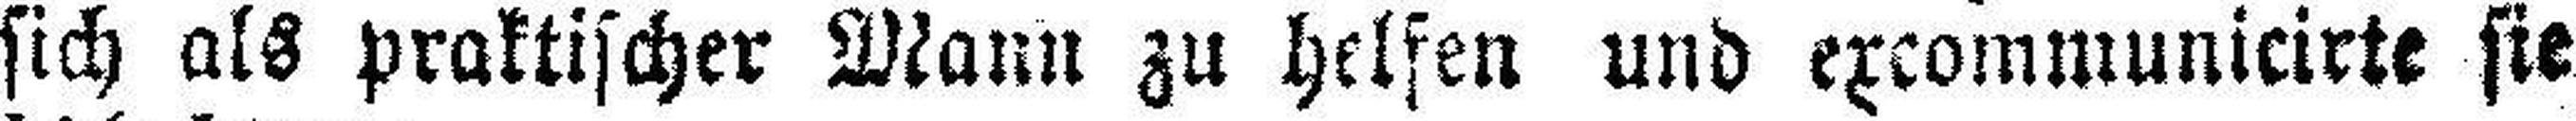
sich als praktischer Mann zu helfen und excommunicirte sie